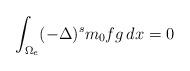
LaTeX: \begin{align*} \int_{\Omega_e}(-\Delta)^sm_0fg\,dx=0 \end{align*}